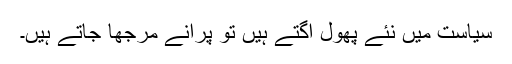
سیاست میں نئے پھول اگتے ہیں تو پرانے مرجھا جاتے ہیں۔